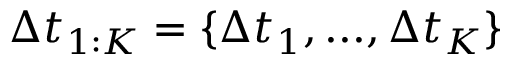
\Delta t _ { 1 : K } = \{ \Delta t _ { 1 } , . . . , \Delta t _ { K } \}